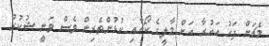
މެޗަށް ފަހު އައުރާ އަށް މާލީގެ ކޯޗާއި ކުޅުންތެރިން ވެސް ވަނީ ޝުކުރު